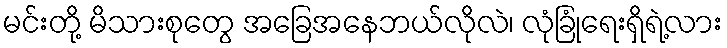
မင်းတို့ မိသားစုတွေ အခြေအနေဘယ်လိုလဲ၊ လုံခြုံရေးရှိရဲ့လား